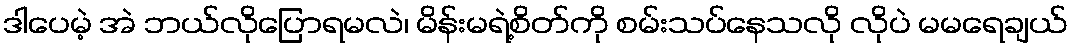
ဒါပေမဲ့ အဲ ဘယ်လိုပြောရမလဲ၊ မိန်းမရဲ့စိတ်ကို စမ်းသပ်နေသလို လိုပဲ မမရေချယ်